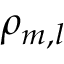
\rho _ { m , l }